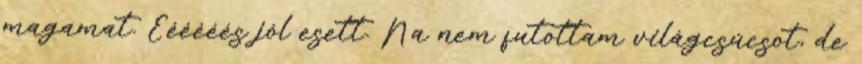
magamat. Éééééés jól esett. Na nem futottam világcsúcsot, de